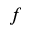
f